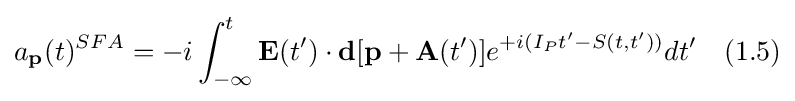
a_{\textbf {p}}(t)^{SFA}=-i\int _{-\infty }^{t}{\textbf {E}}(t')\cdot {\textbf {d}}[{\textbf {p}}+{\textbf {A}}(t')]e^{+i(I_{P}t'-S(t,t'))}dt'\quad (1.5)